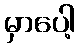
မှာပေါ့